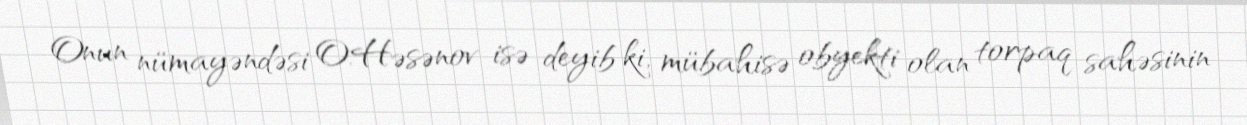
Onun nümayəndəsi O.Həsənov isə deyib ki, mübahisə obyekti olan torpaq sahəsinin